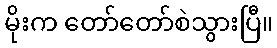
မိုးက တော်တော်စဲသွားပြီ။